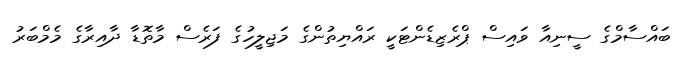
ބައްސާމްގެ ސީނިއާ ވައިސް ޕްރެޒިޑެންޓަކީ ރައްޔިތުންގެ މަޖިލީހުގެ ފަރެސް މާތޮޑާ ދާއިރާގެ މެމްބަރު